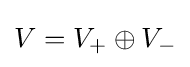
V=V_{+}\oplus V_{-}